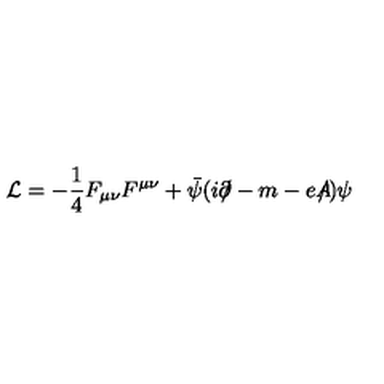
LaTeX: { \cal L } = - \frac { 1 } { 4 } F _ { \mu \nu } F ^ { \mu \nu } + \bar { \psi } ( i \partial \! \! \! / - m - e A \! \! \! \! / ) \psi